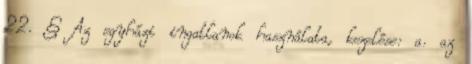
22. § Az egyházi ingatlanok használata, kezelése: a. az